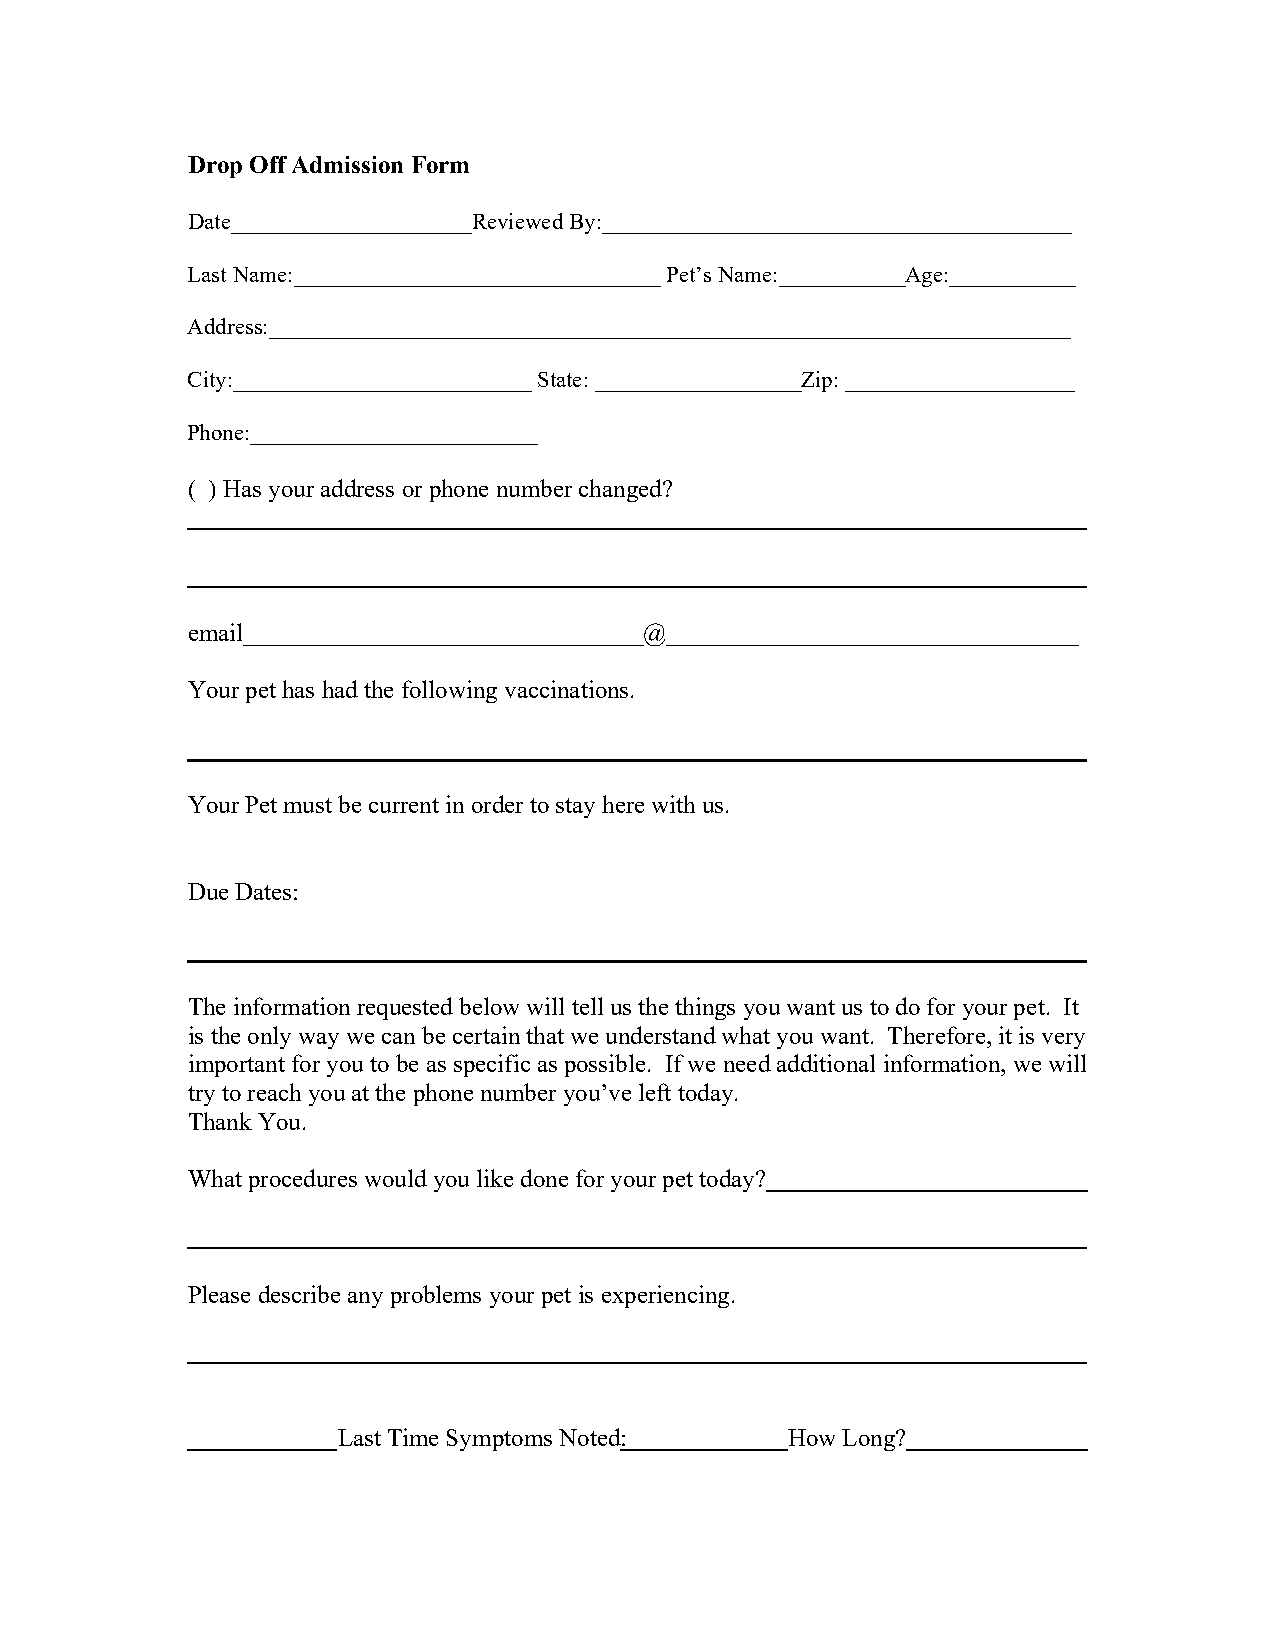
Drop Off Admission Form
 Date_____________________Reviewed By:_________________________________________
 Last Name:________________________________ Pet’s Name:___________Age:___________
 Address:______________________________________________________________________
 City:__________________________ State: __________________Zip: ____________________
 Phone:_________________________
 ( ) Has your address or phone number changed?
 email________________________________@_________________________________
 Your pet has had the following vaccinations.
 Your Pet must be current in order to stay here with us.
 Due Dates:
 The information requested below will tell us the things you want us to do for your pet. It
 is the only way we can be certain that we understand what you want. Therefore, it is very
 important for you to be as specific as possible. If we need additional information, we will
 try to reach you at the phone number you’ve left today.
 Thank You.
 What procedures would you like done for your pet today?
 Please describe any problems your pet is experiencing.
 Last Time Symptoms Noted:     How Long?      ______